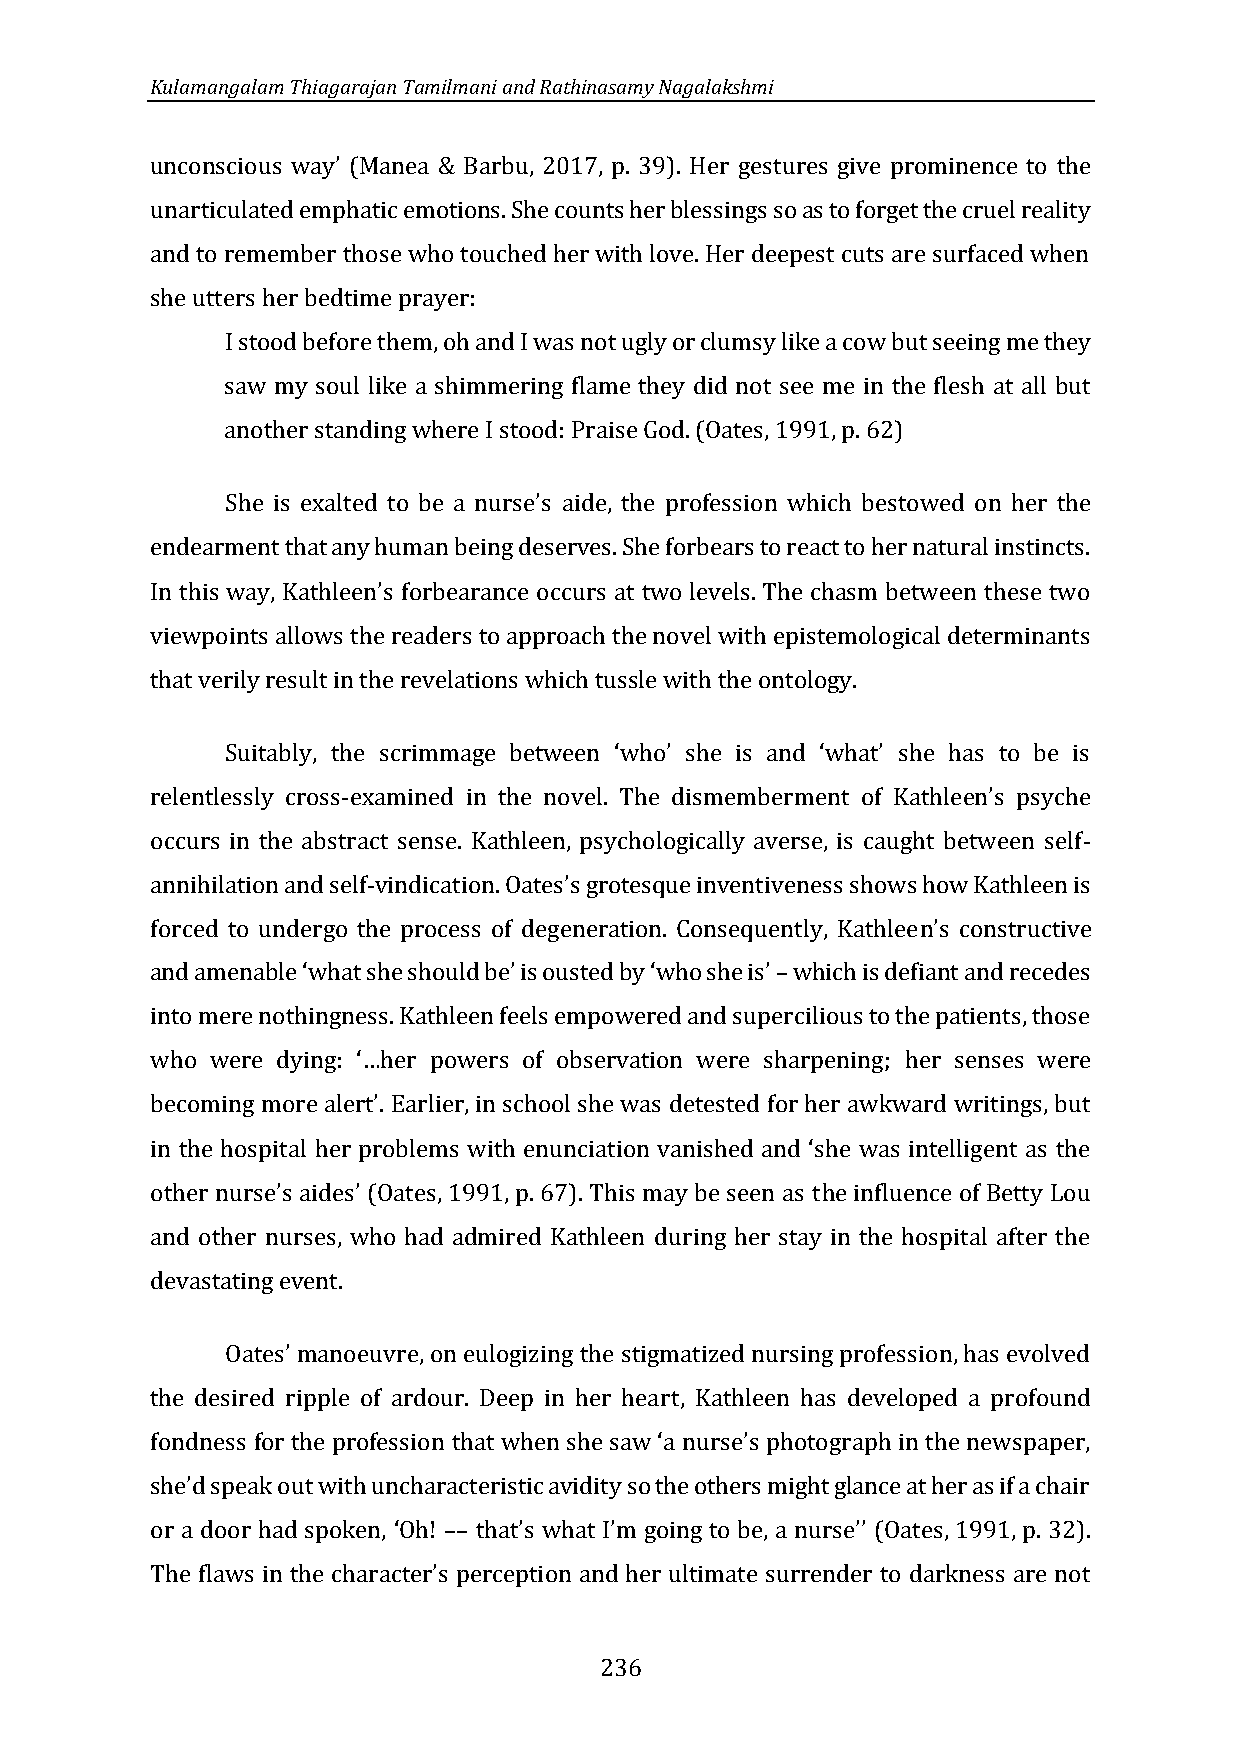
Kulamangalam Thiagarajan Tamilmani and Rathinasamy Nagalakshmi
 er gestures give prominence to the
 unarticulated emphatic emotions. She counts her blessings so as to forget the cruel reality
 unconscious way’ (Manea & Barbu, 2017, p. 39). H
 and to remember those who touched her with love. Her deepest cuts are surfaced when
 she utters her bedtime prayer:
 I stood before them, oh and I was not ugly or clumsy like a cow but seeing me they
 saw my soul like a shimmering flame they did not see me in the flesh at all but
 another standing where I stood: Praise God. (Oates, 1991, p. 62)
 profession which bestowed on her the
 endearment that any human being deserves. She forbears to react to her natural instincts.
 She is exalted to be a nurse’s aide, the
 viewpoints allows the readers to approach the novel with epistemological determinants
 In this way, Kathleen’s forbearance occurs at two levels. The chasm between these two
 that verily result in the revelations which tussle with the ontology.
 relentlessly cross-examined in the novel. The dismemberment of Kathle
 Suitably, the scrimmage between ‘who’ she is and ‘what’ she has to be is
 occurs in the abstract sense. Kathleen, psychologically averse, is caught between self-
 en’s psyche
 annihilation and self-
 forced to undergo the process of degeneration. Consequently, Kathlee
 vindication. Oates’s grotesque inventiveness shows how Kathleen is
 which is defiant and recedes
 n’s constructive
 into mere nothingness. Kathleen feels empowered and supercilious to the patients, those
 and amenable ‘what she should be’ is ousted by ‘who she is’ –
 her senses were
 who were dying: ‘…her powers of observation were sharpening;
 becoming more alert’. Earlier, in school she was detested for her awkward writings, but
 he influence of Betty Lou
 in the hospital her problems with enunciation vanished and ‘she was intelligent as the
 and other nurses, who had admired Kathleen during her stay in the hospital after the
 other nurse’s aides’ (Oates, 1991, p. 67). This may be seen as t
 devastating event.
 manoeuvre, on eulogizing the stigmatized nursing profession, has evolved
 the desired ripple of ardour. Deep in her heart, Kathleen has developed a profound
 Oates’
 fondness for the profession that when she saw ‘a nurse’s photograph in the newspaper,
 Oh!
 she’d speak out with uncharacteristic avidity so the others might glance at her as if a chair
 or a door had spoken, ‘ –– that’s what I’m going to be, a nurse’’ (Oates, 1991, p. 32).
 The flaws in the character’s perception and her ultimate surrender to darkness are not
 236